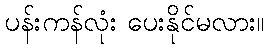
ပန်းကန်လုံး ပေးနိုင်မလား။